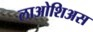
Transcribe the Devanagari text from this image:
लाओशिअस